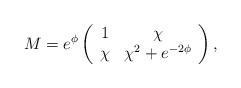
\begin{align*}M =e^\phi\left( \begin{array}{cc} 1 & \chi \\ \chi & \chi^2+e^{-2\phi} \end{array}\right),\end{align*}